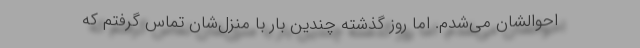
احوالشان می‌شدم. اما روز گذشته چندین بار با منزل‌شان تماس گرفتم که